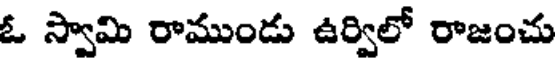
ఓ స్వామి రాముండు ఉర్విలో రాజంచు